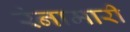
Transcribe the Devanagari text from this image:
रंनामारी